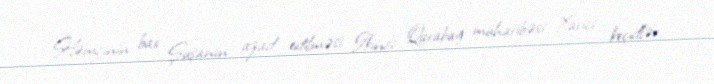
Həmçinin bax Şuşanın azad edilməsi İkinci Qarabağ müharibəsi Xarici keçidlər